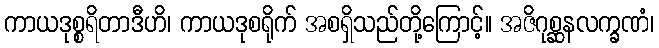
ကာယဒုစ္စရိတာဒီဟိ၊ ကာယဒုစရိုက် အစရှိသည်တို့ကြောင့်။ အဇိဂုစ္ဆနလက္ခဏံ၊